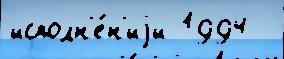
исполн'е́н'иjи 1994